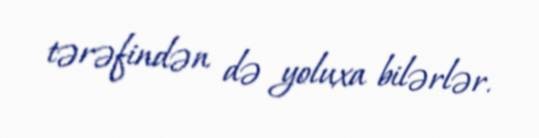
tərəfindən də yoluxa bilərlər.